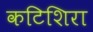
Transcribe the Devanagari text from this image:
कटिशिरा